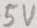
Text: 5V